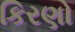
કિરણો